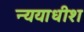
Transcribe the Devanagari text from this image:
न्ययाधीश